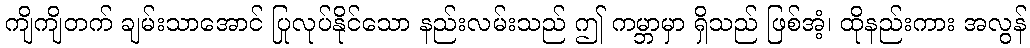
ကျိကျိတက် ချမ်းသာအောင် ပြုလုပ်နိုင်သော နည်းလမ်းသည် ဤ ကမ္ဘာမှာ ရှိသည် ဖြစ်အံ့၊ ထိုနည်းကား အလွန်